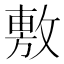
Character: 𢾾